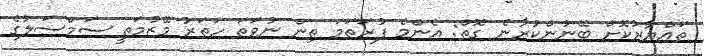
ތައްޔާރުކޮށް ބޭނުންކުރާނެ ގޮތް: އެންމެ ފުރަތަމަ ތިން ނުވަތަ ހަތަރު މޭޒުމަތީ ސަމްސަލުގެ